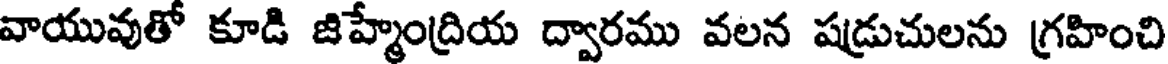
వాయువుతో కూడి జిహ్మేంద్రియ ద్వారము వలన షడ్రుచులను గ్రహించి